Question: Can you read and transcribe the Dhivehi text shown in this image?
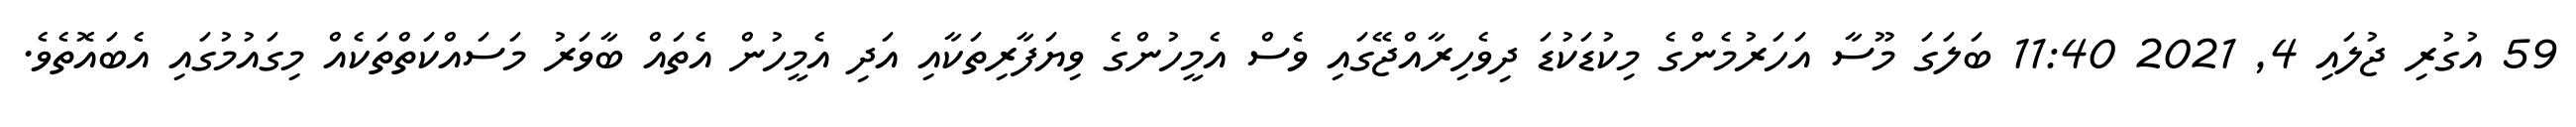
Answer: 59 އުގުރި ޖުލައި 4, 2021 11:40 ބަލަގަ މޫސާ އަހަރުމެންގެ މިކުޑަކުޑަ ދިވެހިރާއްޖޭގައި ވެސް އެމީހުންގެ ވިޔަފާރިތަކާއި އަދި އެމީހުން އެތައް ބާވަރު މަސައްކަތްތަކެއް މިގައުމުގައި އެބައޮތެވެ.